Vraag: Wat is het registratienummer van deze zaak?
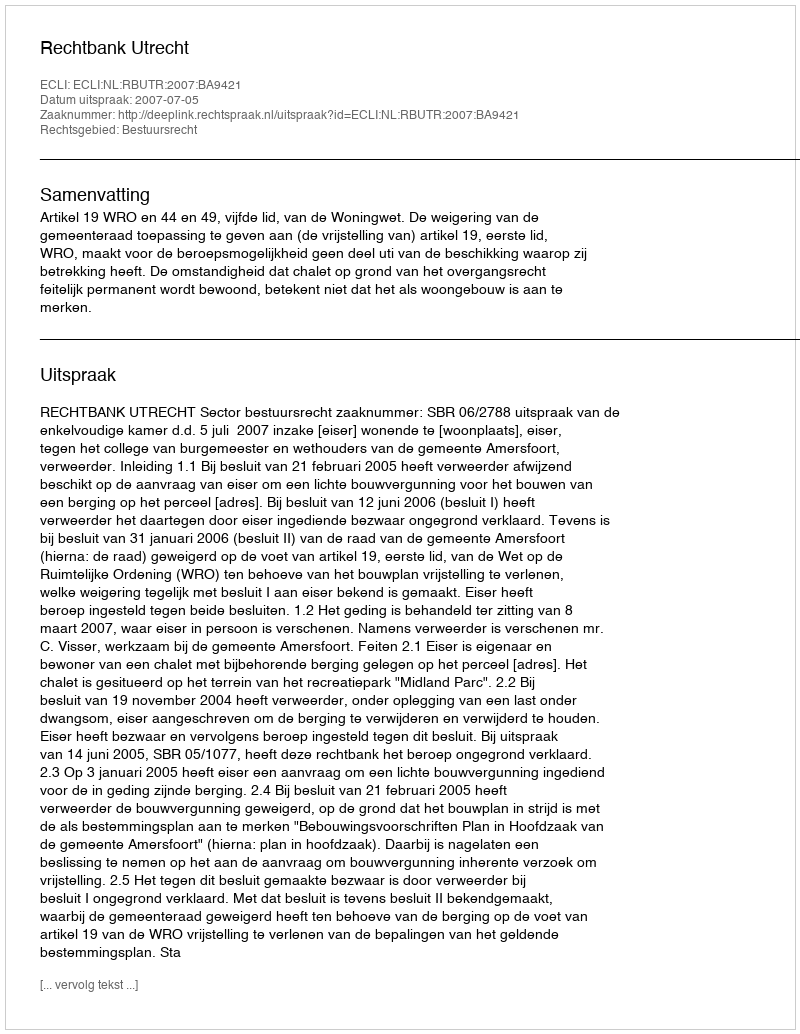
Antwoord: http://deeplink.rechtspraak.nl/uitspraak?id=ECLI:NL:RBUTR:2007:BA9421